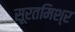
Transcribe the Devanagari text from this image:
सूरतमिश्र